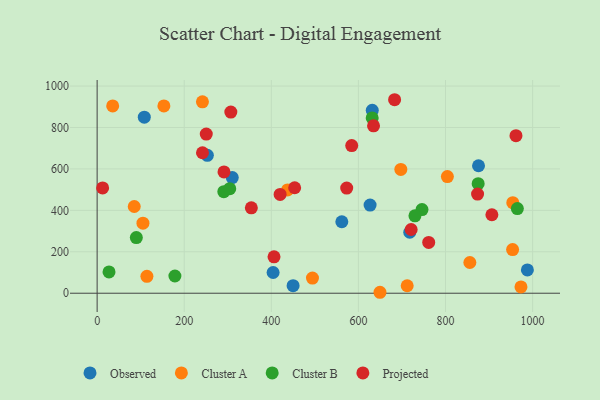
{"axis": {"x": "Experience", "y": "Profit"}, "legend": ["Cluster A", "Cluster B", "Observed", "Projected"], "data": [{"x": "875.8", "y": 615.4, "type": "Observed"}, {"x": "404.1", "y": 100.0, "type": "Observed"}, {"x": "988.0", "y": 112.5, "type": "Observed"}, {"x": "450.0", "y": 36.6, "type": "Observed"}, {"x": "108.3", "y": 850.0, "type": "Observed"}, {"x": "310.3", "y": 558.0, "type": "Observed"}, {"x": "631.8", "y": 882.6, "type": "Observed"}, {"x": "717.9", "y": 294.4, "type": "Observed"}, {"x": "253.1", "y": 665.5, "type": "Observed"}, {"x": "626.8", "y": 425.5, "type": "Observed"}, {"x": "561.9", "y": 344.9, "type": "Observed"}, {"x": "804.3", "y": 563.2, "type": "Cluster A"}, {"x": "494.5", "y": 73.2, "type": "Cluster A"}, {"x": "153.3", "y": 903.9, "type": "Cluster A"}, {"x": "954.1", "y": 210.8, "type": "Cluster A"}, {"x": "855.9", "y": 148.4, "type": "Cluster A"}, {"x": "437.2", "y": 498.4, "type": "Cluster A"}, {"x": "712.0", "y": 36.2, "type": "Cluster A"}, {"x": "35.7", "y": 903.9, "type": "Cluster A"}, {"x": "697.4", "y": 597.5, "type": "Cluster A"}, {"x": "105.2", "y": 338.1, "type": "Cluster A"}, {"x": "114.3", "y": 81.7, "type": "Cluster A"}, {"x": "973.3", "y": 30.5, "type": "Cluster A"}, {"x": "649.5", "y": 4.6, "type": "Cluster A"}, {"x": "241.8", "y": 923.7, "type": "Cluster A"}, {"x": "85.2", "y": 418.5, "type": "Cluster A"}, {"x": "954.5", "y": 437.2, "type": "Cluster A"}, {"x": "290.9", "y": 490.3, "type": "Cluster B"}, {"x": "875.0", "y": 528.8, "type": "Cluster B"}, {"x": "746.0", "y": 403.8, "type": "Cluster B"}, {"x": "90.0", "y": 268.5, "type": "Cluster B"}, {"x": "27.3", "y": 102.6, "type": "Cluster B"}, {"x": "304.5", "y": 504.8, "type": "Cluster B"}, {"x": "631.6", "y": 846.0, "type": "Cluster B"}, {"x": "729.8", "y": 373.7, "type": "Cluster B"}, {"x": "178.6", "y": 83.1, "type": "Cluster B"}, {"x": "965.0", "y": 408.8, "type": "Cluster B"}, {"x": "634.7", "y": 808.2, "type": "Projected"}, {"x": "961.8", "y": 760.6, "type": "Projected"}, {"x": "241.9", "y": 678.0, "type": "Projected"}, {"x": "307.0", "y": 874.5, "type": "Projected"}, {"x": "354.1", "y": 412.1, "type": "Projected"}, {"x": "721.1", "y": 307.5, "type": "Projected"}, {"x": "420.2", "y": 476.9, "type": "Projected"}, {"x": "453.6", "y": 509.1, "type": "Projected"}, {"x": "873.6", "y": 478.5, "type": "Projected"}, {"x": "250.6", "y": 768.0, "type": "Projected"}, {"x": "584.6", "y": 712.8, "type": "Projected"}, {"x": "906.5", "y": 378.8, "type": "Projected"}, {"x": "573.1", "y": 507.4, "type": "Projected"}, {"x": "291.3", "y": 585.3, "type": "Projected"}, {"x": "12.6", "y": 508.3, "type": "Projected"}, {"x": "761.4", "y": 245.2, "type": "Projected"}, {"x": "406.2", "y": 175.6, "type": "Projected"}, {"x": "683.1", "y": 934.0, "type": "Projected"}]}